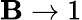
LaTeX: \mathbf{B}\rightarrow1